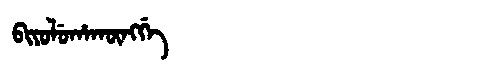
Manchu: ᠪᡳᠶᠣᠯᡠᡥᠠᡴᡡᠩᡤᡝ
Romanization: BIYOLUHAKŪNGGE